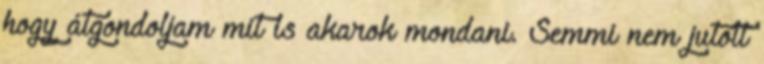
hogy átgondoljam mit is akarok mondani. Semmi nem jutott